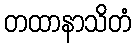
တထာနာသိတံ